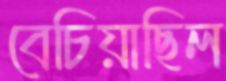
বেচিয়াছিল